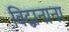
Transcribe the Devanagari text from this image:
विद्वानाना